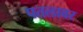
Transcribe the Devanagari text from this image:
पतलावर